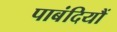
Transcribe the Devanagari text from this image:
पाबंदियौं